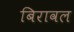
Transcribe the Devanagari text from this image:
बिरावल